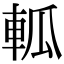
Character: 軱